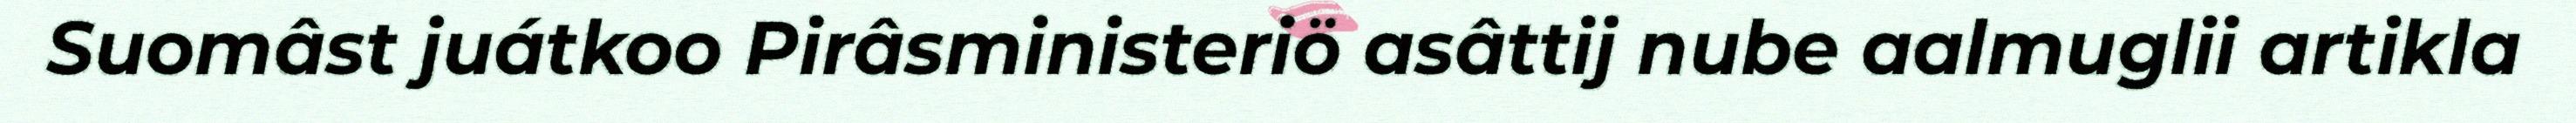
Suomâst juátkoo Pirâsministeriö asâttij nube aalmuglii artikla